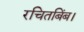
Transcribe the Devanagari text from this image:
रचितबिंब।